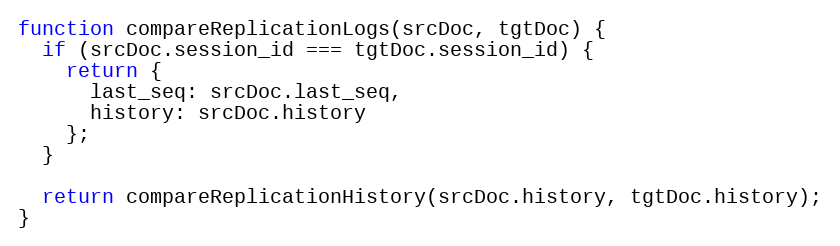
Language: JavaScript
function compareReplicationLogs(srcDoc, tgtDoc) {
  if (srcDoc.session_id === tgtDoc.session_id) {
    return {
      last_seq: srcDoc.last_seq,
      history: srcDoc.history
    };
  }

  return compareReplicationHistory(srcDoc.history, tgtDoc.history);
}